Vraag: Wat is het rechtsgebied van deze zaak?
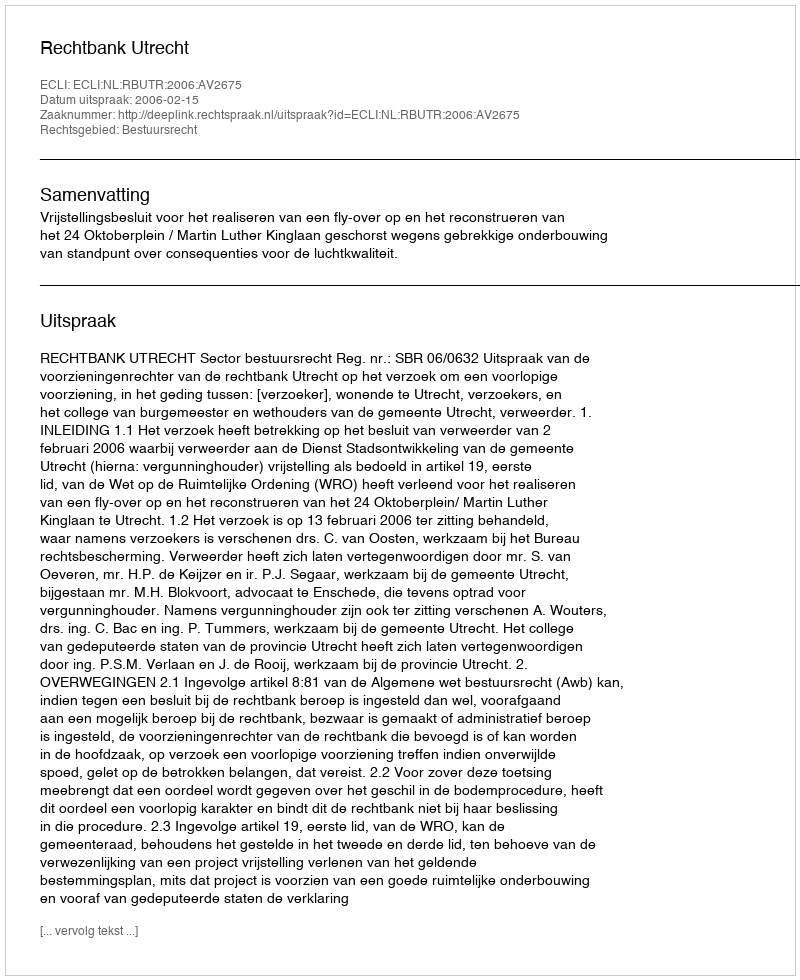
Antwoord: Bestuursrecht